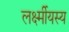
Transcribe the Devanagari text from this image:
लर्क्ष्मीयस्य